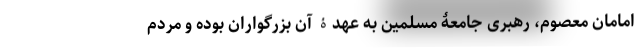
امامان معصوم، رهبری جامعۀ مسلمین به عهدۀ آن بزرگواران بوده و مردم